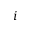
i